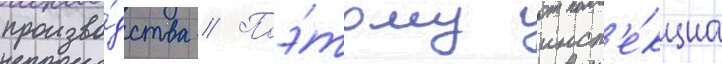
произво́дства // Поэ́тому инсп'е́кциа